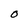
Character: O